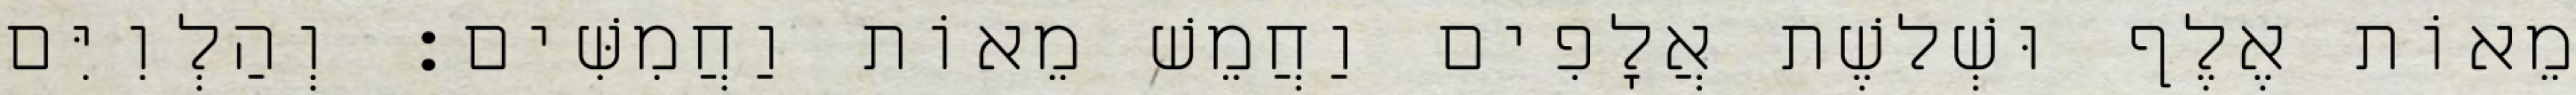
מֵאוֹת אֶלֶף וּשְׁלשֶׁת אֲלָפִים וַחֲמֵשׁ מֵאוֹת וַחֲמִשִּׁים׃ וְהַלְוִיִּם